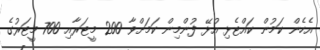
އެހެން ކަމުން ކައްޓެޅި އުޅޭ ފުންމިން ކަމަށްވާ 200 މީޓަރާއި 700 މީޓަރުގެ